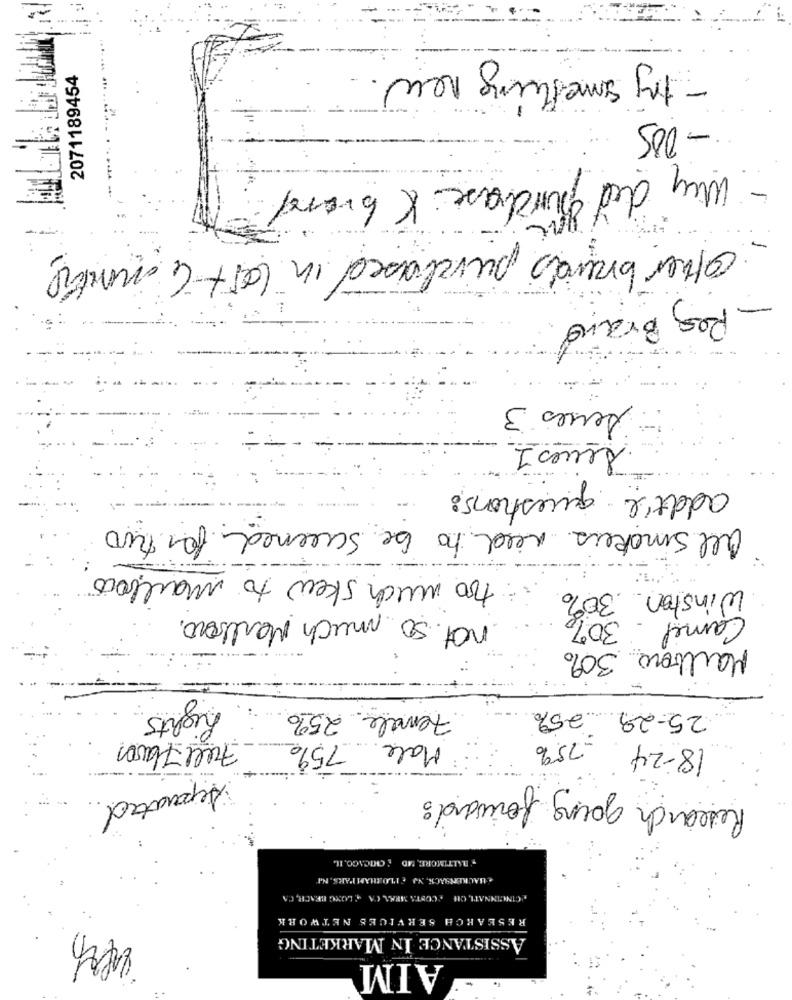
- try something new.
2071189454
- 005
- Why did purchase K brand
other brands purchased in last 4 months
Reg Brand
Seres 3
Leves 1
addtil questions:
all smokers need to be screened for two
too much skew to mailbows
Winston 30%
not. 50 much Marlboro.
Camel. 30%
Marlboro 30%
nights
25-29 25%
Female 25%
Full Flavon
Male 75%
.75%
18-24
Research going forward:
Separated.
BALTIMORE, MD _CHICAGO, IL
.HACKENSACK, NJ . PLOCHAM PARS. N.
CINCINNATI, CHE COSTA MEAL CA + LONG BEACH, CA
RESEARCH SERVICES NETWORK
ASSISTANCE IN MARKETING
AIM